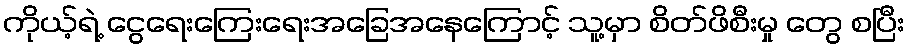
ကိုယ့်ရဲ့ ငွေရေးကြေးရေးအခြေအနေကြောင့် သူ့မှာ စိတ်ဖိစီးမှု တွေ စပြီး